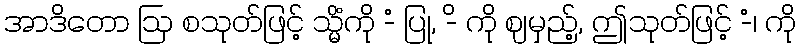
အာဒိတော ဩ စသုတ်ဖြင့် သ္မိံကို -ံ ပြု, -ိ ကို ဈမှည့်, ဤသုတ်ဖြင့် -ံ၊ ကို